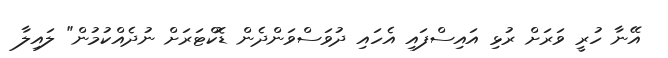
އޭނާ ހުރީ ވަރަށް ރުޅި އައިސްފައި އެހައި ދުވަސްވަންދެން ޑޮކްޓަރަށް ނުދެއްކުމުން" ލައިލާ